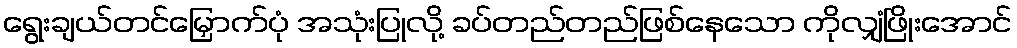
ရွေးချယ်တင်မြှောက်ပုံ အသုံးပြုလို့ ခပ်တည်တည်ဖြစ်နေသော ကိုလျှံဖြိုးအောင်